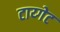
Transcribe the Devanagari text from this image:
टाय्गेट